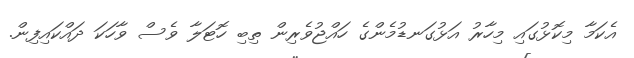
އެކަމާ މިކޮޅުގައި މިހާރު އަޅުގަނޑުމެންގެ ހައްޖުވެރިން ތިބި ހޮޓަލާ ވެސް ވާހަކަ ދައްކައިފިން.